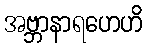
အဗ္ဘာနာရဟေဟိ